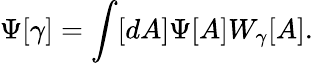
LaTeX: \Psi[\gamma]=\int[dA]\Psi[A]W_{\gamma}[A].